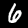
Label: 6